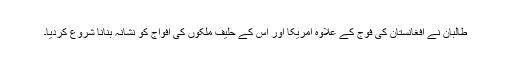
طالبان نے افغانستان کی فوج کے علاوہ امریکا اور اس کے حلیف ملکوں کی افواج کو نشانہ بنانا شروع کردیا۔